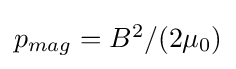
{\textstyle p_{mag}=B^{2}/(2\mu _{0})}